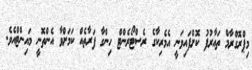
މިޕްރޮގްރާމް ތައާރުފު ކޮށްފައިވަނީ އެމެރިކާގެ ރެސްޓޯރެންޓް ހިންގާ ފަރާތެއް ކަމަށްވާ އެންތޮނީ މައިންޓްއެވެ.